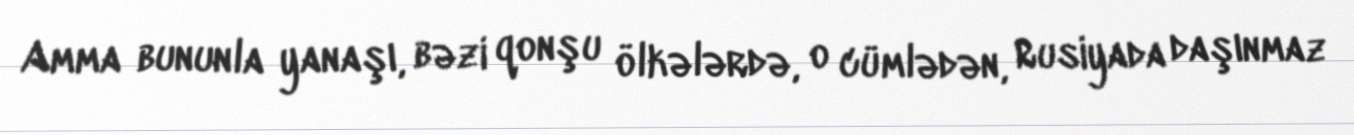
Amma bununla yanaşı, bəzi qonşu ölkələrdə, o cümlədən, Rusiyada daşınmaz